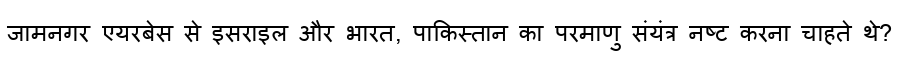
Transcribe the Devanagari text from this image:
जामनगर एयरबेस से इसराइल और भारत, पाकिस्तान का परमाणु संयंत्र नष्ट करना चाहते थे?